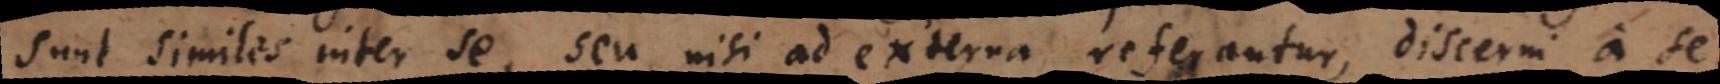
sunt similes inter se, seu nisi ad externa referantur, discerni a se